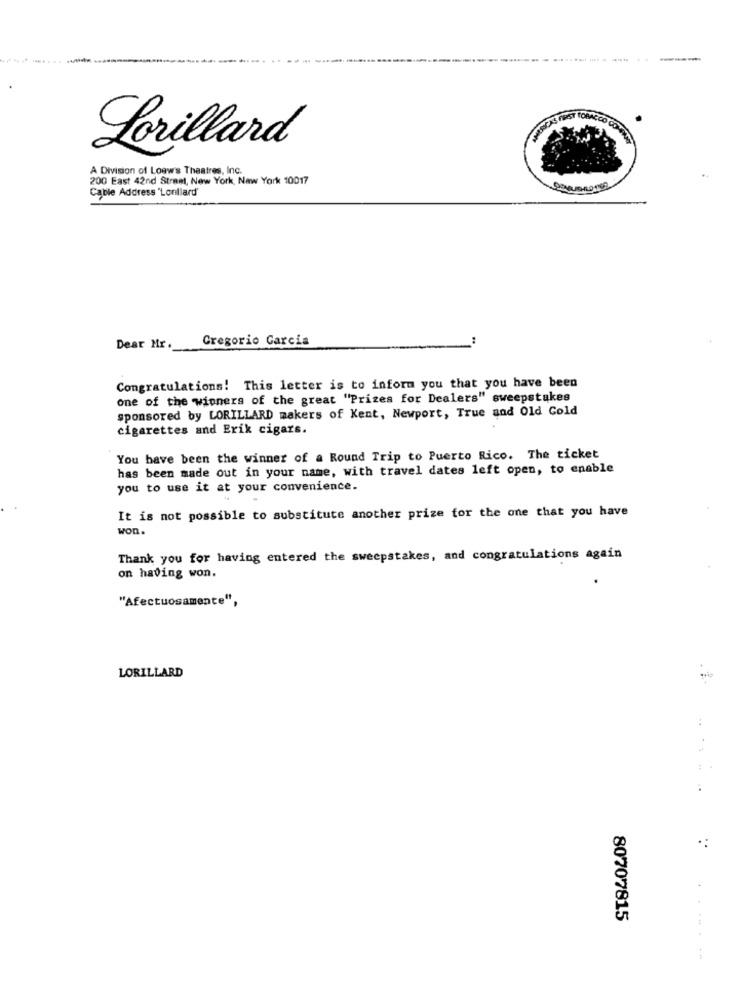
Lorillard
A Division of Loow's Theatres, Inc.
200 East 42nd Street, New York, New York 10017
Cable Address 'Lonllard'
Gregorio Garcia
Dear Mr.
Congratulations! This letter is to inform you that you have been
one of the winners of the great "Prizes for Dealers" sweepstakes
sponsored by LORILLARD makers of Kent, Newport, True and Old Gold
cigarettes and Erik cigars.
You have been the winner of a Round Trip to Puerto Rico. The ticket
has been made out in your name, with travel dates left open, to enable
you to use it at your convenience.
It is not possible to substitute another prize for the one that you have
won.
Thank you for having entered the sweepstakes, and congratulations again
on having won.
"Afectuosamente",
LORILLARD
..
.:
80707815
....-